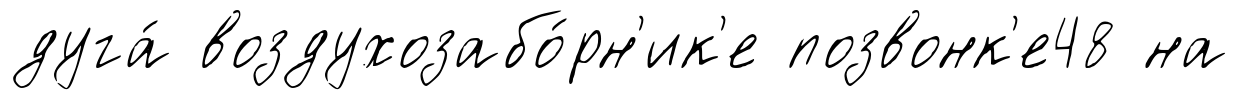
дуга́ воздухозабо́рн'ик'е позвонк'е48 на